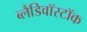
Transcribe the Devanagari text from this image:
ब्लैडिवॉस्टॉक